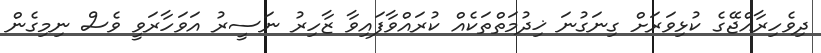
ދިވެހިރާއްޖޭގެ ކުޅިވަރަށް ގިނަގުނަ ޚިދުމަތްތަކެއް ކުރައްވާފައިވާ ޒާހިރު ނަސީރު އަވަހާރަވީ ވެސް ނިމިގެން